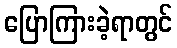
ပြောကြားခဲ့ရာတွင်